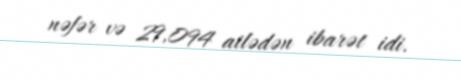
nəfər və 29,094 ailədən ibarət idi.